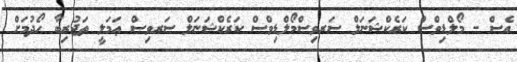
އެސް - މޯލްޑިވްސް ކަރެކްޝަނަލް ސަރވިސްމޯލްޑިވްސް ކަރެކްޝަނަލް ސަރވިސް ޢަމަލީ ތަޖުރިބާ ހޯދުމަށް